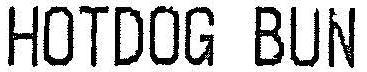
HOTDOG BUN